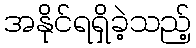
အနိုင်ရရှိခဲ့သည့်